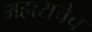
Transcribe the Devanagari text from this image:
महाराचेच